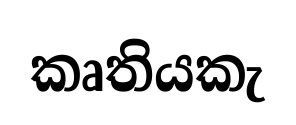
කෘතියකැ